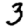
Digit: 3